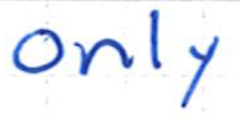
Text: only
Cross-out: clean
Writing tool: ballpoint